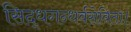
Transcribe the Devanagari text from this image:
सिद्धगन्धर्वसेविता।